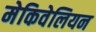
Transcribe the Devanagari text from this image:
मेकिवेलियन